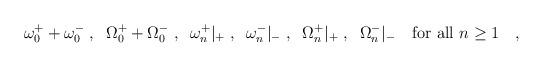
LaTeX: \begin{align*}\omega_0^{+}+\omega_0^{-}\;, \;\;\Omega_0^{+}+\Omega_0^{-}\;,\;\;\omega_n^{+}|_{+} \;, \;\; \omega_n^{-}|_{-} \; , \;\;\Omega_n^{+}|_{+} \;, \;\; \Omega_n^{-}|_{-}\quad \mbox{for all }n\geq 1 \quad , \end{align*}